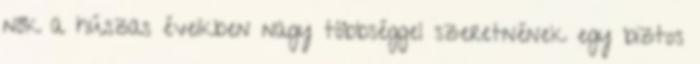
nők a húszas éveikben nagy többséggel szeretnének egy biztos